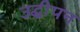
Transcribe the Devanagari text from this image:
उद्धीपन